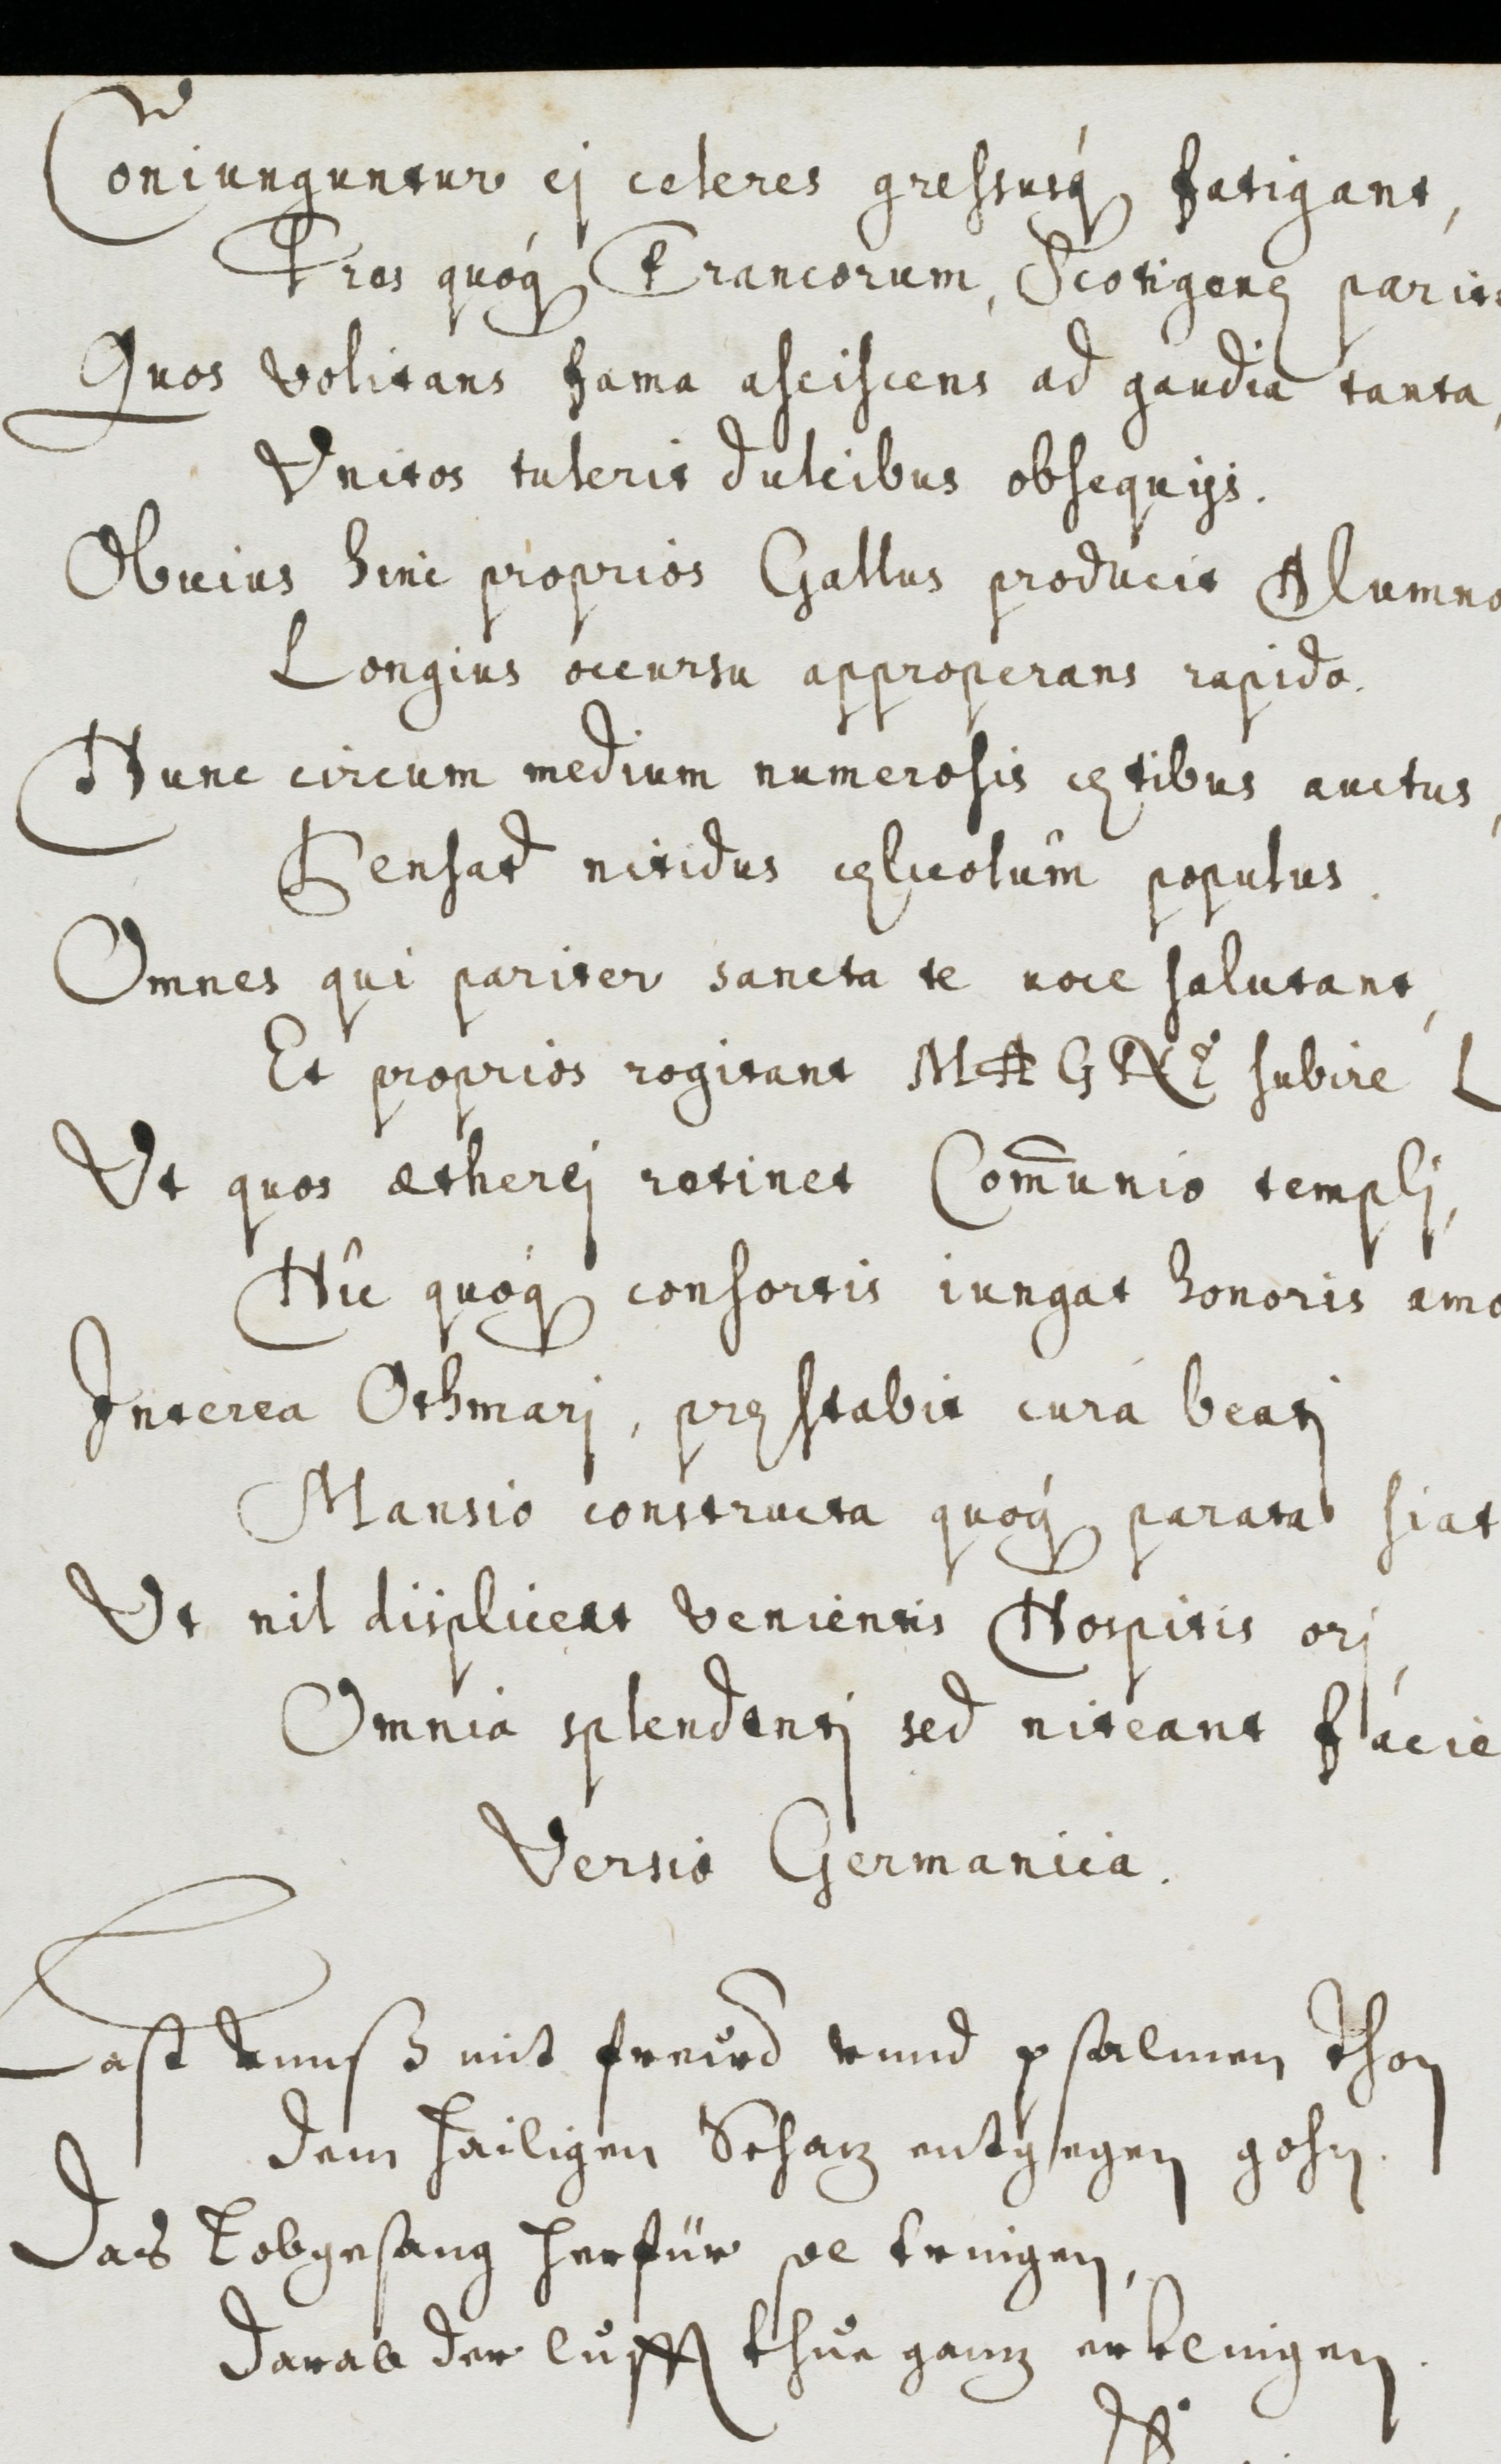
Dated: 1637–1673